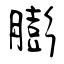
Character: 膨